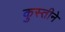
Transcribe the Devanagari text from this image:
कुस्तीने